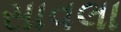
સાવલા